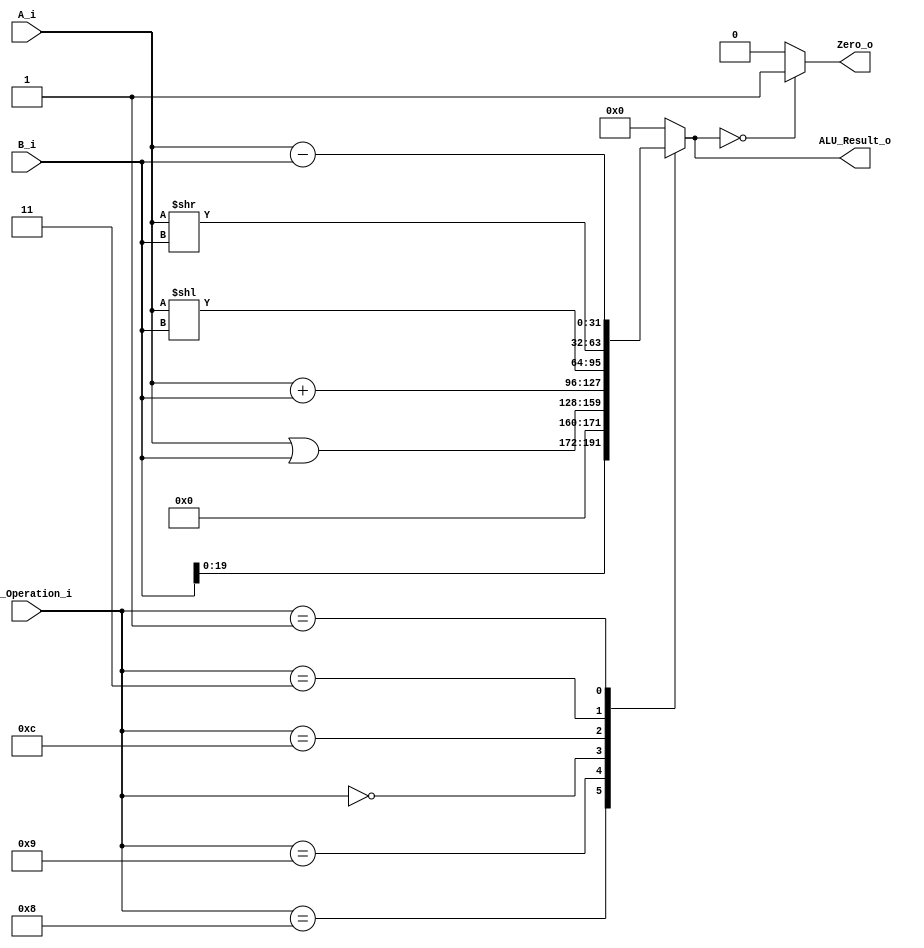
/******************************************************************
* Description
*	This is an 32-bit arithetic logic unit that can execute the next set of operations:
*		add

* This ALU is written by using behavioral description.
* Version:
*	1.0
* Author:
*	Dr. Jos Luis Pizano Escalante
* email:
*	luispizano@iteso.mx
* Date:
*	16/08/2021
******************************************************************/

module ALU 
(
	input [3:0] ALU_Operation_i,
	input signed [31:0] A_i,
	input signed [31:0] B_i,
	output reg Zero_o,
	output reg [31:0] ALU_Result_o
);

localparam LUI         = 4'b1000;
localparam ORI         = 4'b1001;
localparam ADDI        = 4'b0000;
localparam SLLI        = 4'b1100;
localparam SRLI        = 4'b0011;
localparam SUB         = 4'b0001;

	
always @ (A_i or B_i or ALU_Operation_i)
	begin
		case (ALU_Operation_i)
		
			LUI: //lui
            			ALU_Result_o = {B_i[19:0],12'b0};
			
            		ORI: // ori
            			ALU_Result_o = A_i | B_i;
			
			ADDI: //addi
            			ALU_Result_o = A_i + B_i;
			
			SLLI: //slli
            			ALU_Result_o = A_i << B_i;
			
			SRLI: //slli
            			ALU_Result_o = A_i >> B_i;
			
			SUB: //sub
            			ALU_Result_o = A_i - B_i;

			default:
				ALU_Result_o = 0;
				
		endcase // case(control)
		
		Zero_o = (ALU_Result_o == 0) ? 1'b1 : 1'b0;
		
     end // always @ (A or B or control)
endmodule // ALU